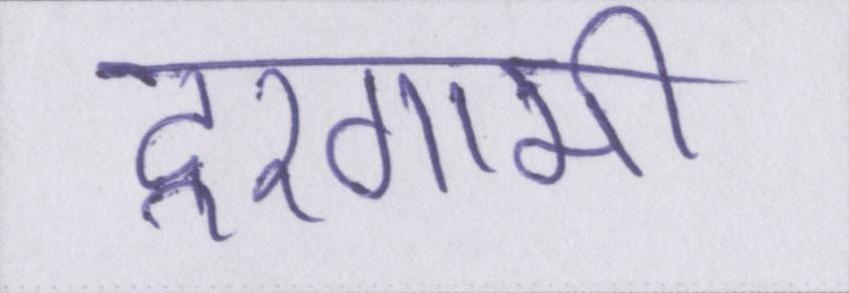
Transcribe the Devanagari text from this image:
दूरगामी